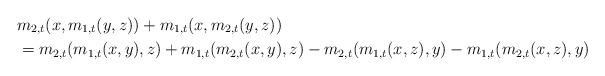
LaTeX: \begin{align*} &m_{2,t}(x, m_{1 ,t}(y,z)) + m_{1,t}(x, m_{2 ,t}(y,z)) \\ &= m_{2,t}(m_{1,t}(x, y),z) + m_{1,t}(m_{2,t}(x, y),z)- m_{2,t}(m_{1,t}(x, z),y)- m_{1,t}(m_{2,t}(x, z),y) \end{align*}